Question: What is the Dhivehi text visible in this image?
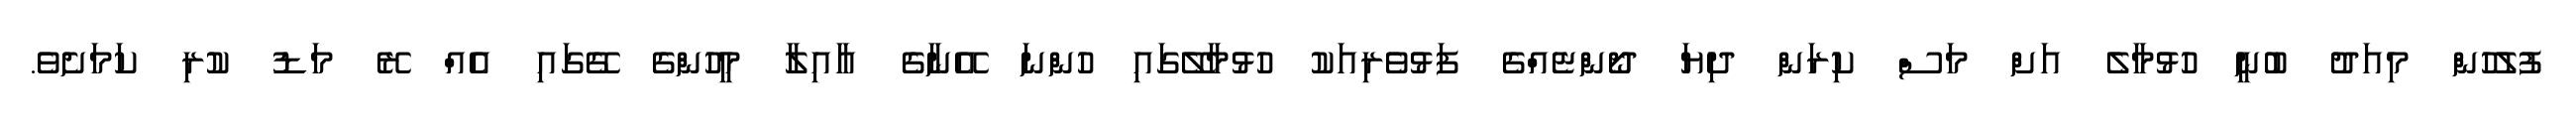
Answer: ފުލުހުން މިއަދު ބުނީ ހުޅުމާލެ އަށް މަސް ކިރަން ދިޔަ ދޯންޏެއްގެ ފަޅުވެރިއަކު ހުޅުމާލޭގައި ހުންނަ އޭނާގެ އާއިލާ މީހުންގެ ގޭގައި އެއް ރޭ މަޑު ކުރި ކަމަށެވެ.